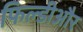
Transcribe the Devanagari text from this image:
फिल्डीऔर